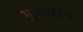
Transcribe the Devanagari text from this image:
भूअपरदन